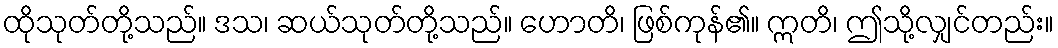
ထိုသုတ်တို့သည်။ ဒသ၊ ဆယ်သုတ်တို့သည်။ ဟောတိ၊ ဖြစ်ကုန်၏။ ဣတိ၊ ဤသို့လျှင်တည်း။